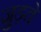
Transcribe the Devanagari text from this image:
जु़ड़ते